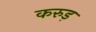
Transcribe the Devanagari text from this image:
करुड़